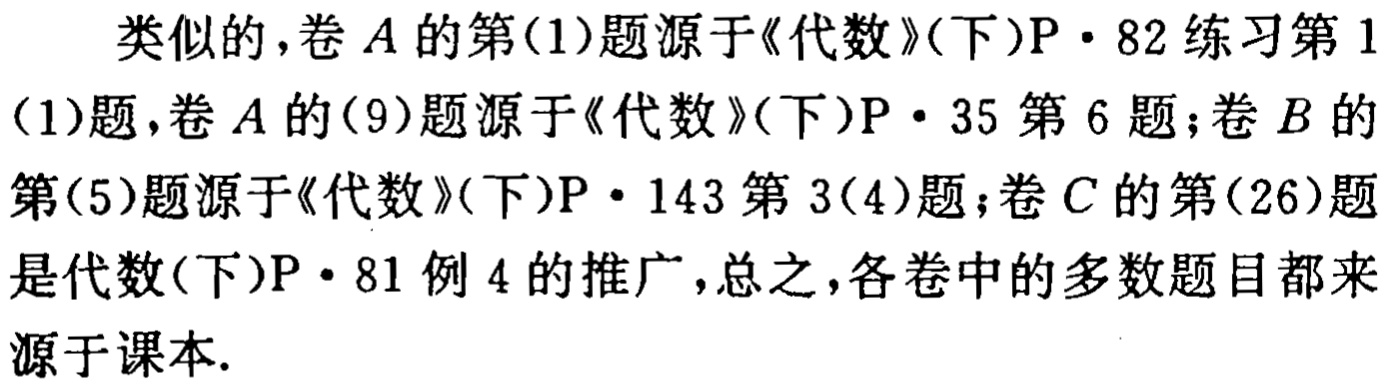
类似的，卷$A$的第(1)题源于《代数》(下)P$\cdot$82练习第1(1)题，卷$A$的(9)题源于《代数》(下)P$\cdot$35第6题；卷$B$的第(5)题源于《代数》(下)P$\cdot$143第3(4)题；卷$C$的第(26)题是代数(下)P$\cdot$81例4的推广，总之，各卷中的多数题目都来源于课本.